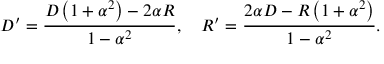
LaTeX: D ^ { \prime } = { \frac { D \left( 1 + \alpha ^ { 2 } \right) - 2 \alpha R } { 1 - \alpha ^ { 2 } } } , \quad R ^ { \prime } = { \frac { 2 \alpha D - R \left( 1 + \alpha ^ { 2 } \right) } { 1 - \alpha ^ { 2 } } } .